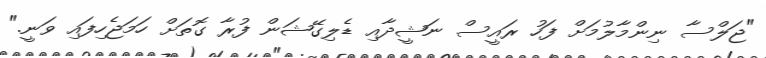
"ޖަލްސާ ނިންމާލުމަށް ފަހު ރައީސް ނަޝީދާއި ޑެލިގޭޝަން ފުރާ ގޮތަށް ހަމަޖެހިފައި ވަނީ."